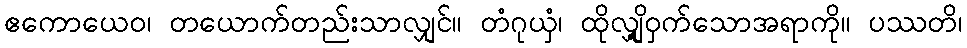
ဧကောယေဝ၊ တယောက်တည်းသာလျှင်။ တံဂုယှံ၊ ထိုလျှို့ဝှက်သောအရာကို။ ပဿတိ၊